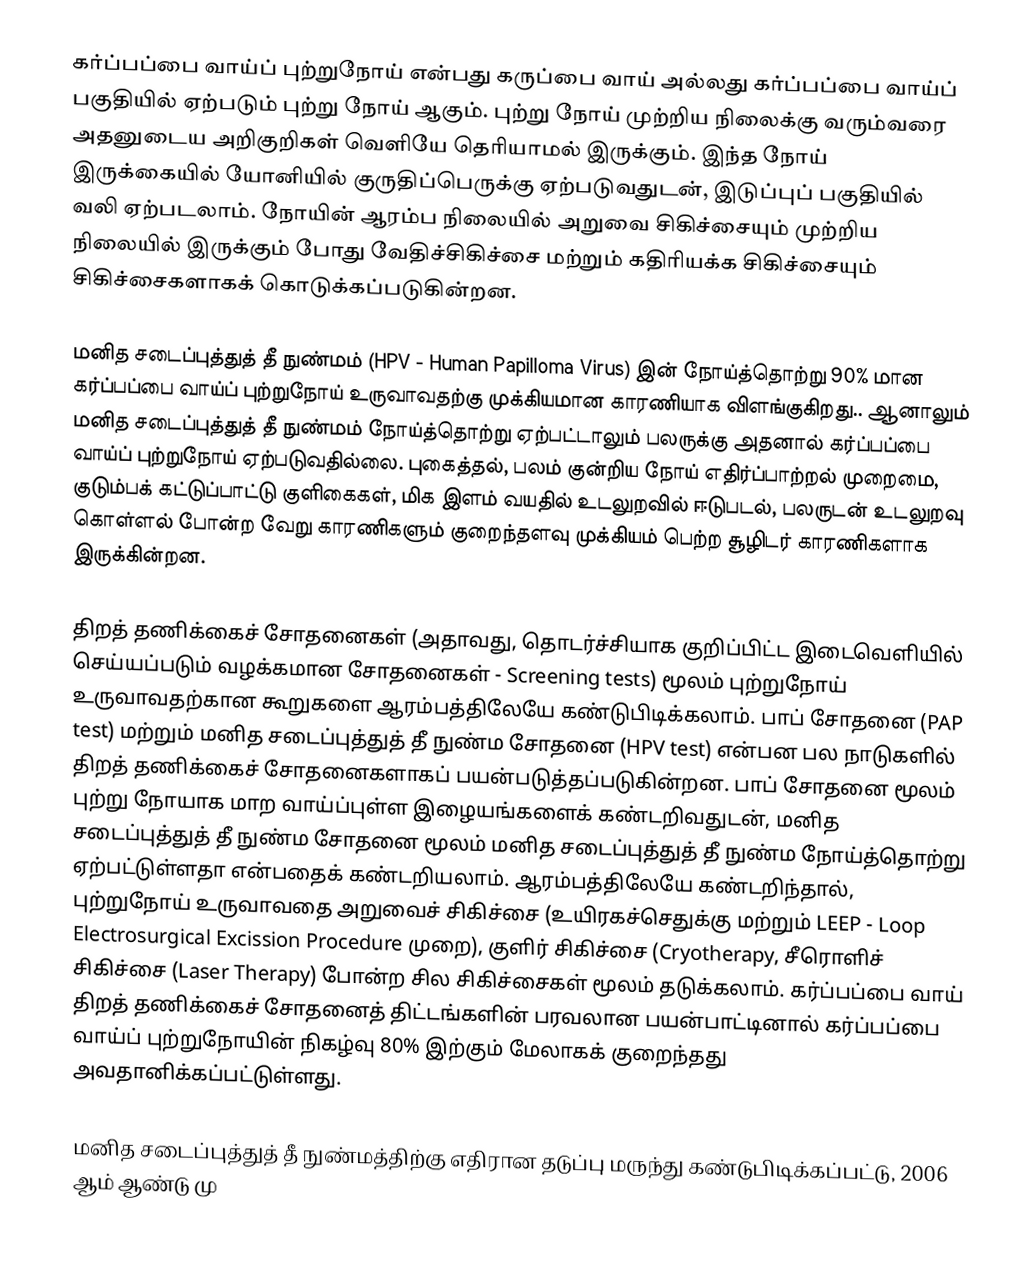
கர்ப்பப்பை வாய்ப் புற்றுநோய் என்பது கருப்பை வாய் அல்லது கர்ப்பப்பை வாய்ப் பகுதியில் ஏற்படும் புற்று நோய் ஆகும். புற்று நோய் முற்றிய நிலைக்கு வரும்வரை அதனுடைய அறிகுறிகள் வெளியே தெரியாமல் இருக்கும். இந்த நோய் இருக்கையில் யோனியில் குருதிப்பெருக்கு ஏற்படுவதுடன், இடுப்புப் பகுதியில் வலி ஏற்படலாம். நோயின் ஆரம்ப நிலையில் அறுவை சிகிச்சையும் முற்றிய நிலையில் இருக்கும் போது வேதிச்சிகிச்சை மற்றும் கதிரியக்க சிகிச்சையும் சிகிச்சைகளாகக் கொடுக்கப்படுகின்றன.

மனித சடைப்புத்துத் தீ நுண்மம் (HPV - Human Papilloma Virus) இன் நோய்த்தொற்று 90% மான கர்ப்பப்பை வாய்ப் புற்றுநோய் உருவாவதற்கு முக்கியமான காரணியாக விளங்குகிறது.. ஆனாலும் மனித சடைப்புத்துத் தீ நுண்மம் நோய்த்தொற்று ஏற்பட்டாலும் பலருக்கு அதனால் கர்ப்பப்பை வாய்ப் புற்றுநோய் ஏற்படுவதில்லை. புகைத்தல், பலம் குன்றிய நோய் எதிர்ப்பாற்றல் முறைமை, குடும்பக் கட்டுப்பாட்டு குளிகைகள், மிக இளம் வயதில் உடலுறவில் ஈடுபடல், பலருடன் உடலுறவு கொள்ளல் போன்ற வேறு காரணிகளும் குறைந்தளவு முக்கியம் பெற்ற சூழிடர் காரணிகளாக இருக்கின்றன.

திறத் தணிக்கைச் சோதனைகள் (அதாவது, தொடர்ச்சியாக குறிப்பிட்ட இடைவெளியில் செய்யப்படும் வழக்கமான சோதனைகள் - Screening tests) மூலம் புற்றுநோய் உருவாவதற்கான கூறுகளை ஆரம்பத்திலேயே கண்டுபிடிக்கலாம். பாப் சோதனை (PAP test) மற்றும் மனித சடைப்புத்துத் தீ நுண்ம சோதனை (HPV test) என்பன பல நாடுகளில் திறத் தணிக்கைச் சோதனைகளாகப் பயன்படுத்தப்படுகின்றன. பாப் சோதனை மூலம் புற்று நோயாக மாற வாய்ப்புள்ள இழையங்களைக் கண்டறிவதுடன், மனித சடைப்புத்துத் தீ நுண்ம சோதனை மூலம் மனித சடைப்புத்துத் தீ நுண்ம நோய்த்தொற்று ஏற்பட்டுள்ளதா என்பதைக் கண்டறியலாம். ஆரம்பத்திலேயே கண்டறிந்தால், புற்றுநோய் உருவாவதை அறுவைச் சிகிச்சை (உயிரகச்செதுக்கு மற்றும் LEEP - Loop Electrosurgical Excission Procedure முறை), குளிர் சிகிச்சை (Cryotherapy, சீரொளிச் சிகிச்சை (Laser Therapy) போன்ற சில சிகிச்சைகள் மூலம் தடுக்கலாம். கர்ப்பப்பை வாய் திறத் தணிக்கைச் சோதனைத் திட்டங்களின் பரவலான பயன்பாட்டினால் கர்ப்பப்பை வாய்ப் புற்றுநோயின் நிகழ்வு 80% இற்கும் மேலாகக் குறைந்தது அவதானிக்கப்பட்டுள்ளது.

மனித சடைப்புத்துத் தீ நுண்மத்திற்கு எதிரான தடுப்பு மருந்து கண்டுபிடிக்கப்பட்டு, 2006 ஆம் ஆண்டு மு